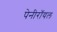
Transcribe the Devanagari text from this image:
पेनीरॉयल